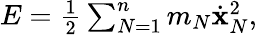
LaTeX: \begin{array}{r}{E=\frac 12\sum_{N=1}^{n}m_{N}\dot{\mathbf x}_{N}^{2},}\end{array}